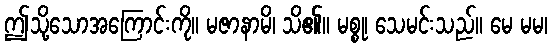
ဤသို့သောအကြောင်းကို။ မဇာနာမိ၊ သိ၏။ မစ္စု၊ သေမင်းသည်။ မေ မမ၊